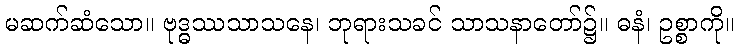
မဆက်ဆံသော။ ဗုဒ္ဓဿသာသနေ၊ ဘုရားသခင် သာသနာတော်၌။ ဓနံ၊ ဥစ္စာကို။